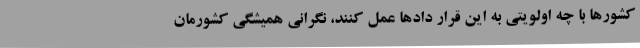
کشورها با چه اولویتی به این قرار دادها عمل کنند، نگرانی همیشگی کشورمان